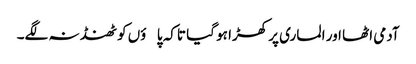
آدمی اٹھا اور الماری پر کھڑا ہو گیا تاکہ پاؤں کو ٹھنڈ نہ لگے۔